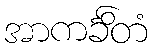
အာကင်္ခိတံ